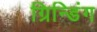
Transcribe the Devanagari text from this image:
ग्रिन्डिंग